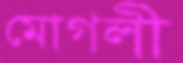
মোগলী